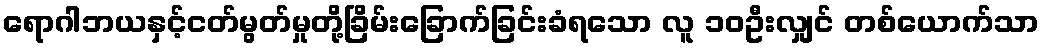
ရောဂါဘယနှင့်ငတ်မွတ်မှုတို့ခြိမ်းခြောက်ခြင်းခံရသော လူ ၁၀ဦးလျှင် တစ်ယောက်သာ